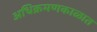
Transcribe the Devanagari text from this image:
अधिक्रमणकाळात